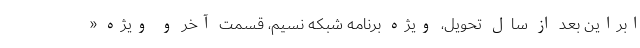
ابراین بعد از سال تحویل، ویژه برنامه شبکه نسیم، قسمت آخر و ویژه «